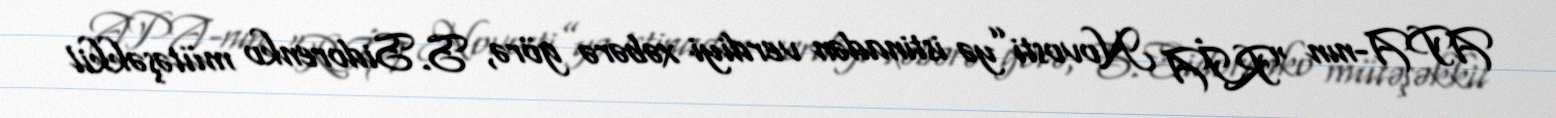
APA-nın “RİA Novosti”yə istinadən verdiyi xəbərə görə, S.Sidorenko mütəşəkkil